Annual administration report of the Bombay Presidency - 1887-1892
Year: 1887
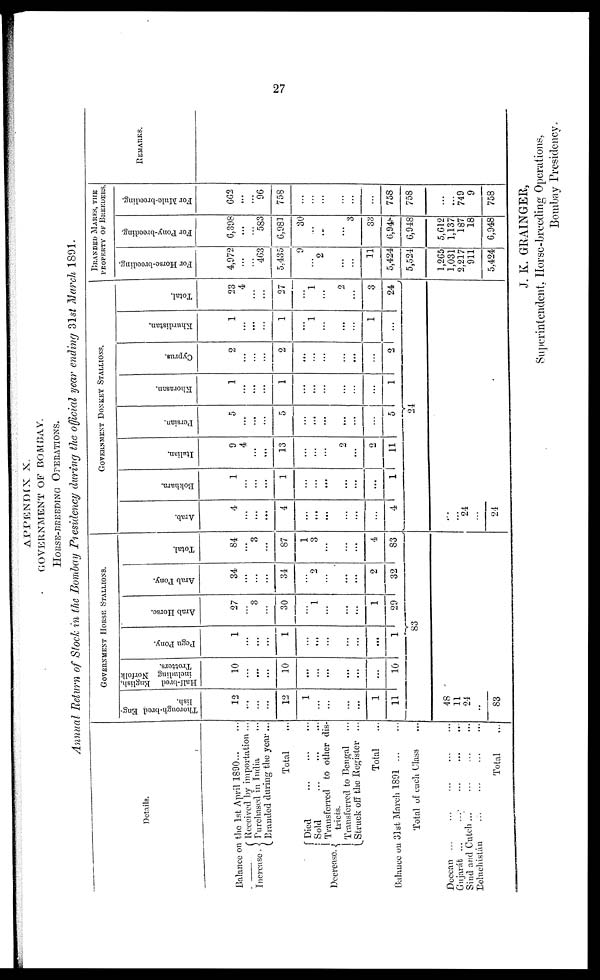
27
APPENDIX X.
GOVERNMENT OF BOMBAY.
HORSE-BREEDING OPERATIONS.
Annual Return of Stock in the Bombay Presidency during the official year ending 31st March 1891.
Details.
Balance on the 1st April 1890 ... ...
Increase
Decrease.
Received by importation ...
Purchased in India ...
Branded during the year ...
Total ...
Died
...
...
...
Sold
...
...
...
Transferred to other dis-
tricts
Transferred to Bengal ...
Struck off the Register ...
Total ...
Balance on 31st March 1891
...
...
Total of each Class ...
Deccan ... ... ... ... ...
Gujarát ... ... ... ... ...
Sind and Cutch ... ... ... ...
Beluchistán
... ... ... ...
Total ...
GOVERNMENT HORSE STALLIONS.
Thorough-bred Eng-
lish.
12
...
...
...
12
1
...
...
...
...
1
11
48
11
24
..
83
Half-bred English,
including Norfolk
Trotters.
10
...
...
...
10
...
...
...
...
...
...
...
10
Pegu Pony.
1
...
...
...
1
...
...
...
...
...
...
...
1
83
Arab Horse.
27
...
3
...
30
...
1
...
...
...
...
1
29
Arab Pony.
34
...
...
...
34
...
2
...
...
...
...
2
32
Total.
84
...
3
...
87
1
3
...
...
....
...
4
83
GOVERNMENT DONKEY STALLIONS.
Arab.
4
...
...
...
4
...
...
...
...
...
...
4
...
......
24
....
24
Bokhara.
1
...
...
...
1
...
...
...
...
...
...
...
1
Italian.
9
4
...
...
13
...
...
...
...
2
...
2
11
Persian.
5
...
...
...
5
...
...
...
...
...
...
...
5
24
Khorasan.
1
...
...
...
1
...
...
...
...
...
...
...
1
Cyprus.
2
...
...
...
2
...
...
...
...
...
...
...
2
Khurdistan.
1
...
...
...
1
...
1
...
...
...
...
1
...
...
Total.
23
4
...
...
27
...
1
...
...
2
...
3
24
BRANDED MARES THE
PROPERTY OF BREEDERS.
For Horse-breeding.
4,972
...
...
4.63
5,435
9
...
2
...
...
...
11
5,424
5,524
1,265
1,031
2,217
911
5,424
For Pony-breeding.
6,398
...
...
583
6,981
30
...
...
...
...
3
33
6,948
6,948
5,612
1,137
187
18
6,948
For Mule-breeding.
662
...
...
96
758
...
...
...
...
...
...
...
758
758
...
...
749
9
758
REMARKS.
J. K. GRAINGER,
Superintendent, Horse-breeding Operations,
Bombay Presidency.